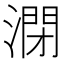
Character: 𰝁